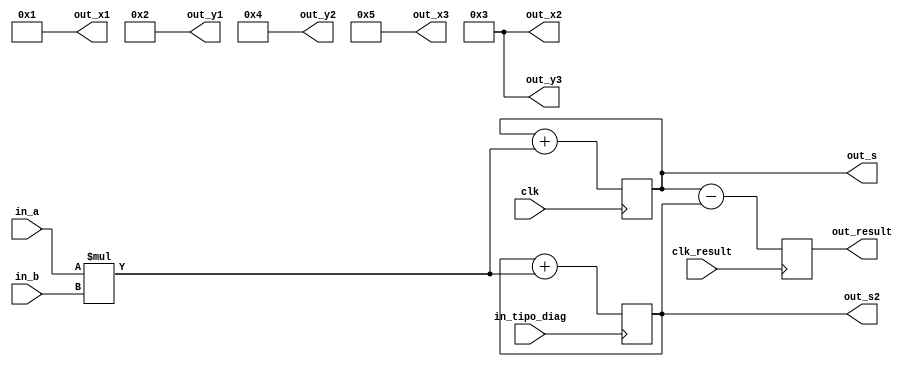
module Somador(

	input clk, // clock para acumular multiplicaes da diagonal principal (dp)
	input in_tipo_diag, // clock para acumular multiplicaes da diagonal secundria (ds)
	input clk_result, // clock para subtrair a diagonal secundria da principal (dp - ds) 

	// Variveis referentes as multiplicaes 
	// das coordenadas no clculo da determinante 
	input [15:0] in_a,
	input [15:0] in_b,

	output[15:0] out_s, // sada acumulada da dp
	output[15:0] out_s2, // sada acumulada da ds
	output[15:0] out_result, // sada da dp - ds
 
	// A = (x1,y1)
	output[15:0] out_x1,
	output[15:0] out_y1,
	
	// B = (x2,y2)
	output[15:0] out_x2,
	output[15:0] out_y2,

	// C = (x3,y3)
	output[15:0] out_x3,
	output[15:0] out_y3

);

	reg [15:0] reg_s = 0; // dp
	reg [15:0] reg_s2 = 0; // ds
	reg [15:0] reg_result = 0; // dp - ds

	// A = (x1,y1)
	reg [15:0] reg_x1 = 1; // coordenada do eixo x do ponto A do tringulo
	reg [15:0] reg_y1 = 2; // coordenada do eixo y do ponto A do tringulo
	  
	// B = (x2,y2)
	reg [15:0] reg_x2 = 3; // coordenada do eixo y do ponto B do tringulo
	reg [15:0] reg_y2 = 4; // coordenada do eixo y do ponto B do tringulo

	// C = (x3,y3)
	reg [15:0] reg_x3 = 5; // coordenada do eixo y do ponto C do tringulo
	reg [15:0] reg_y3 = 3; // coordenada do eixo y do ponto C do tringulo

	assign out_s  = reg_s; 
	assign out_s2  = reg_s2;
	assign out_result = reg_result;
	  
	assign out_x1 = reg_x1;
	assign out_y1 = reg_y1;

	assign out_x2 = reg_x2;
	assign out_y2 = reg_y2;

	assign out_x3 = reg_x3;
	assign out_y3 = reg_y3;

	always @(posedge clk)          reg_s      <= reg_s  + (in_a * in_b);
	always @(posedge in_tipo_diag) reg_s2     <= reg_s2 + (in_a * in_b);
	always @(posedge clk_result)   reg_result <= reg_s  - reg_s2;

endmodule

module test;

	reg clk;
	reg in_tipo_diag;
	reg clk_result;
	reg[15:0] in_a, in_b;

	wire[15:0] out_s;
	wire[15:0] out_s2;
	wire[15:0] out_result;

	//ponto a
	wire[15:0] out_x1;
	wire[15:0] out_y1;

	//ponto b
	wire[15:0] out_x2;
	wire[15:0] out_y2;

	//ponto c
	wire[15:0] out_x3;
	wire[15:0] out_y3;
  
	Somador A(
		clk, 
		in_tipo_diag,
		clk_result,
		in_a,
		in_b, 
		out_s,
		out_s2,
		out_result,
		out_x1,
		out_y1,
		out_x2, 
		out_y2,
		out_x3,
		out_y3 
	);

	initial begin

		$dumpvars(0, A);

			//diagonal principal
			#0
			clk <= 1;
			in_tipo_diag <= 0;
			clk_result <= 0;
			in_a <= out_x1;
			in_b <= out_y2;


			#5
			clk <= ~clk;
			#5
			clk <= ~clk;
			in_a <= out_x2;
			in_b <= out_y3;

			#5
			clk <= ~clk;

			#5
			clk <= ~clk;
			in_a <= out_y1;
			in_b <= out_x3;

			#5
			clk <= ~clk;


			//diagonal secundria
			#5
			in_tipo_diag <= 1;
			in_a <= out_x3;
			in_b <= out_y2;

			#5
			in_tipo_diag <= ~in_tipo_diag;

			#5
			in_tipo_diag <= ~in_tipo_diag;
			in_a <= out_x2;
			in_b <= out_y1;
			#5
			in_tipo_diag <= ~in_tipo_diag;
			#5
			in_tipo_diag <= ~in_tipo_diag;
			in_a <= out_y3;
			in_b <= out_x1;

			#5
			clk_result <= ~clk_result;

			#500;

		$finish;
	end

endmodule